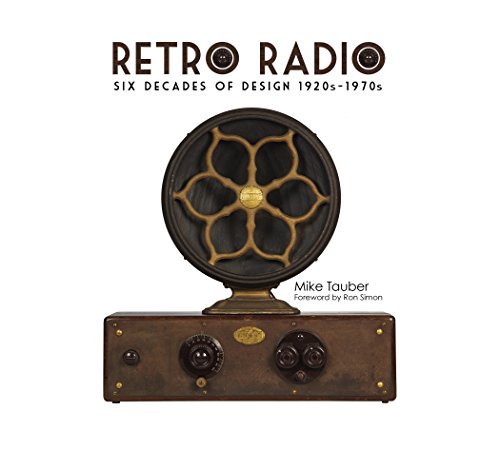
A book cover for Retro Radio: Six Decades of Design 1920s-1970s; Mike Tauber; Crafts, Hobbies & Home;